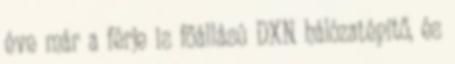
éve már a férje is főállású DXN hálózatépítő, és